Vaccination in the Punjab 1883-1896 - 1883-1896
Year: 1883
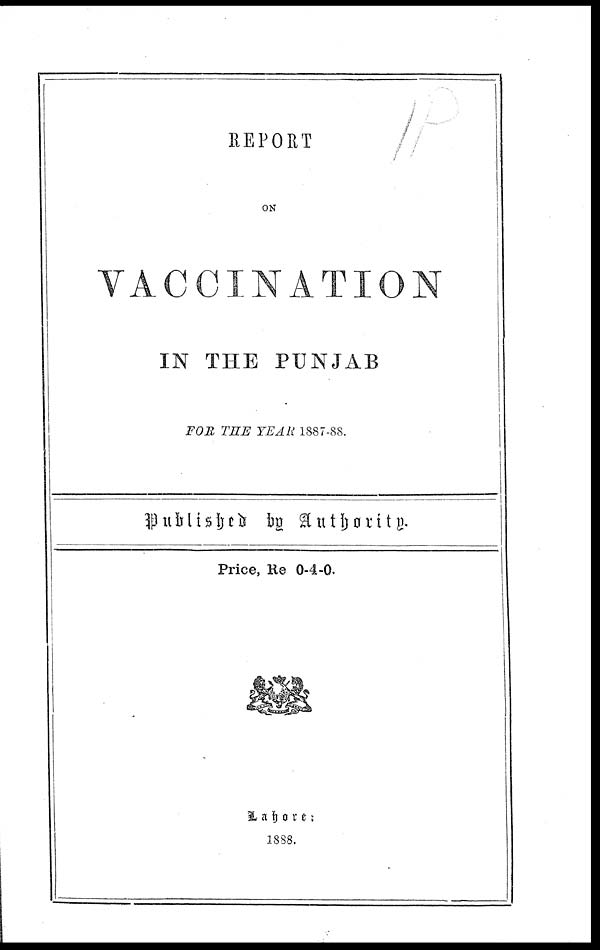
REPORT
ON
VACCINATION
IN THE PUNJAB
FOR THE YEAR 1887-88.
Published by Authority.
Price, Re 0-4-0.
Lahore:
1888.